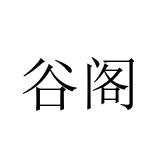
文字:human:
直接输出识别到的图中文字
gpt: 谷阁